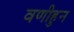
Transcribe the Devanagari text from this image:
वणीहुन